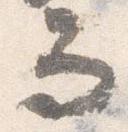
而